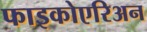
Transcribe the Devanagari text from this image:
फाइकोएरिअन